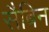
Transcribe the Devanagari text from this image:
सैबिन